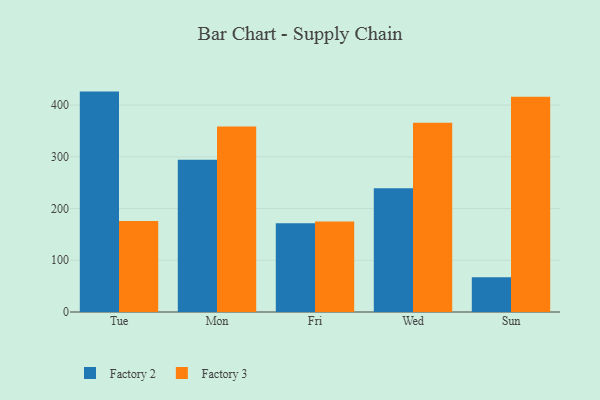
{"axis": {"x": "Day", "y": "Latency (ms)"}, "legend": ["Factory 2", "Factory 3"], "data": [{"x": "Tue", "y": 426.1, "type": "Factory 2"}, {"x": "Tue", "y": 175.7, "type": "Factory 3"}, {"x": "Mon", "y": 294.3, "type": "Factory 2"}, {"x": "Mon", "y": 358.5, "type": "Factory 3"}, {"x": "Fri", "y": 171.8, "type": "Factory 2"}, {"x": "Fri", "y": 175.1, "type": "Factory 3"}, {"x": "Wed", "y": 239.1, "type": "Factory 2"}, {"x": "Wed", "y": 365.8, "type": "Factory 3"}, {"x": "Sun", "y": 67.4, "type": "Factory 2"}, {"x": "Sun", "y": 416.3, "type": "Factory 3"}]}